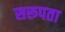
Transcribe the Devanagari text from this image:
सरूपता